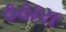
ઠઠારા